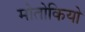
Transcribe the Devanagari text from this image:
मोतोकियो